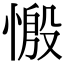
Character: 𢟝